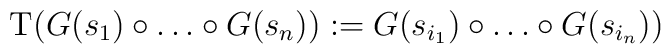
\mathrm{T} \bigl( G(s_1)\circ\dots\circ G(s_n) \bigr):=G(s_{i_1})\circ\dots\circ G(s_{i_n}) \bigr)